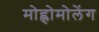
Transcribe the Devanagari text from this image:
मोह्लोमोलेंग